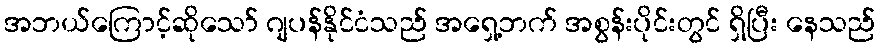
အဘယ်ကြောင့်ဆိုသော် ဂျပန်နိုင်ငံသည် အရှေ့ဘက် အစွန်းပိုင်းတွင် ရှိပြီး နေသည်